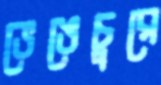
ভেঙেচুরে